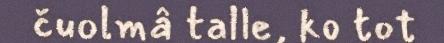
čuolmâ talle, ko tot